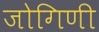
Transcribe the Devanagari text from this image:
जोगिणी